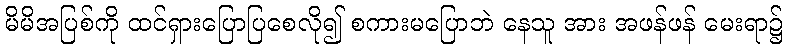
မိမိအပြစ်ကို ထင်ရှားပြောပြစေလို၍ စကားမပြောဘဲ နေသူ အား အဖန်ဖန် မေးရာ၌